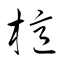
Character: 檍